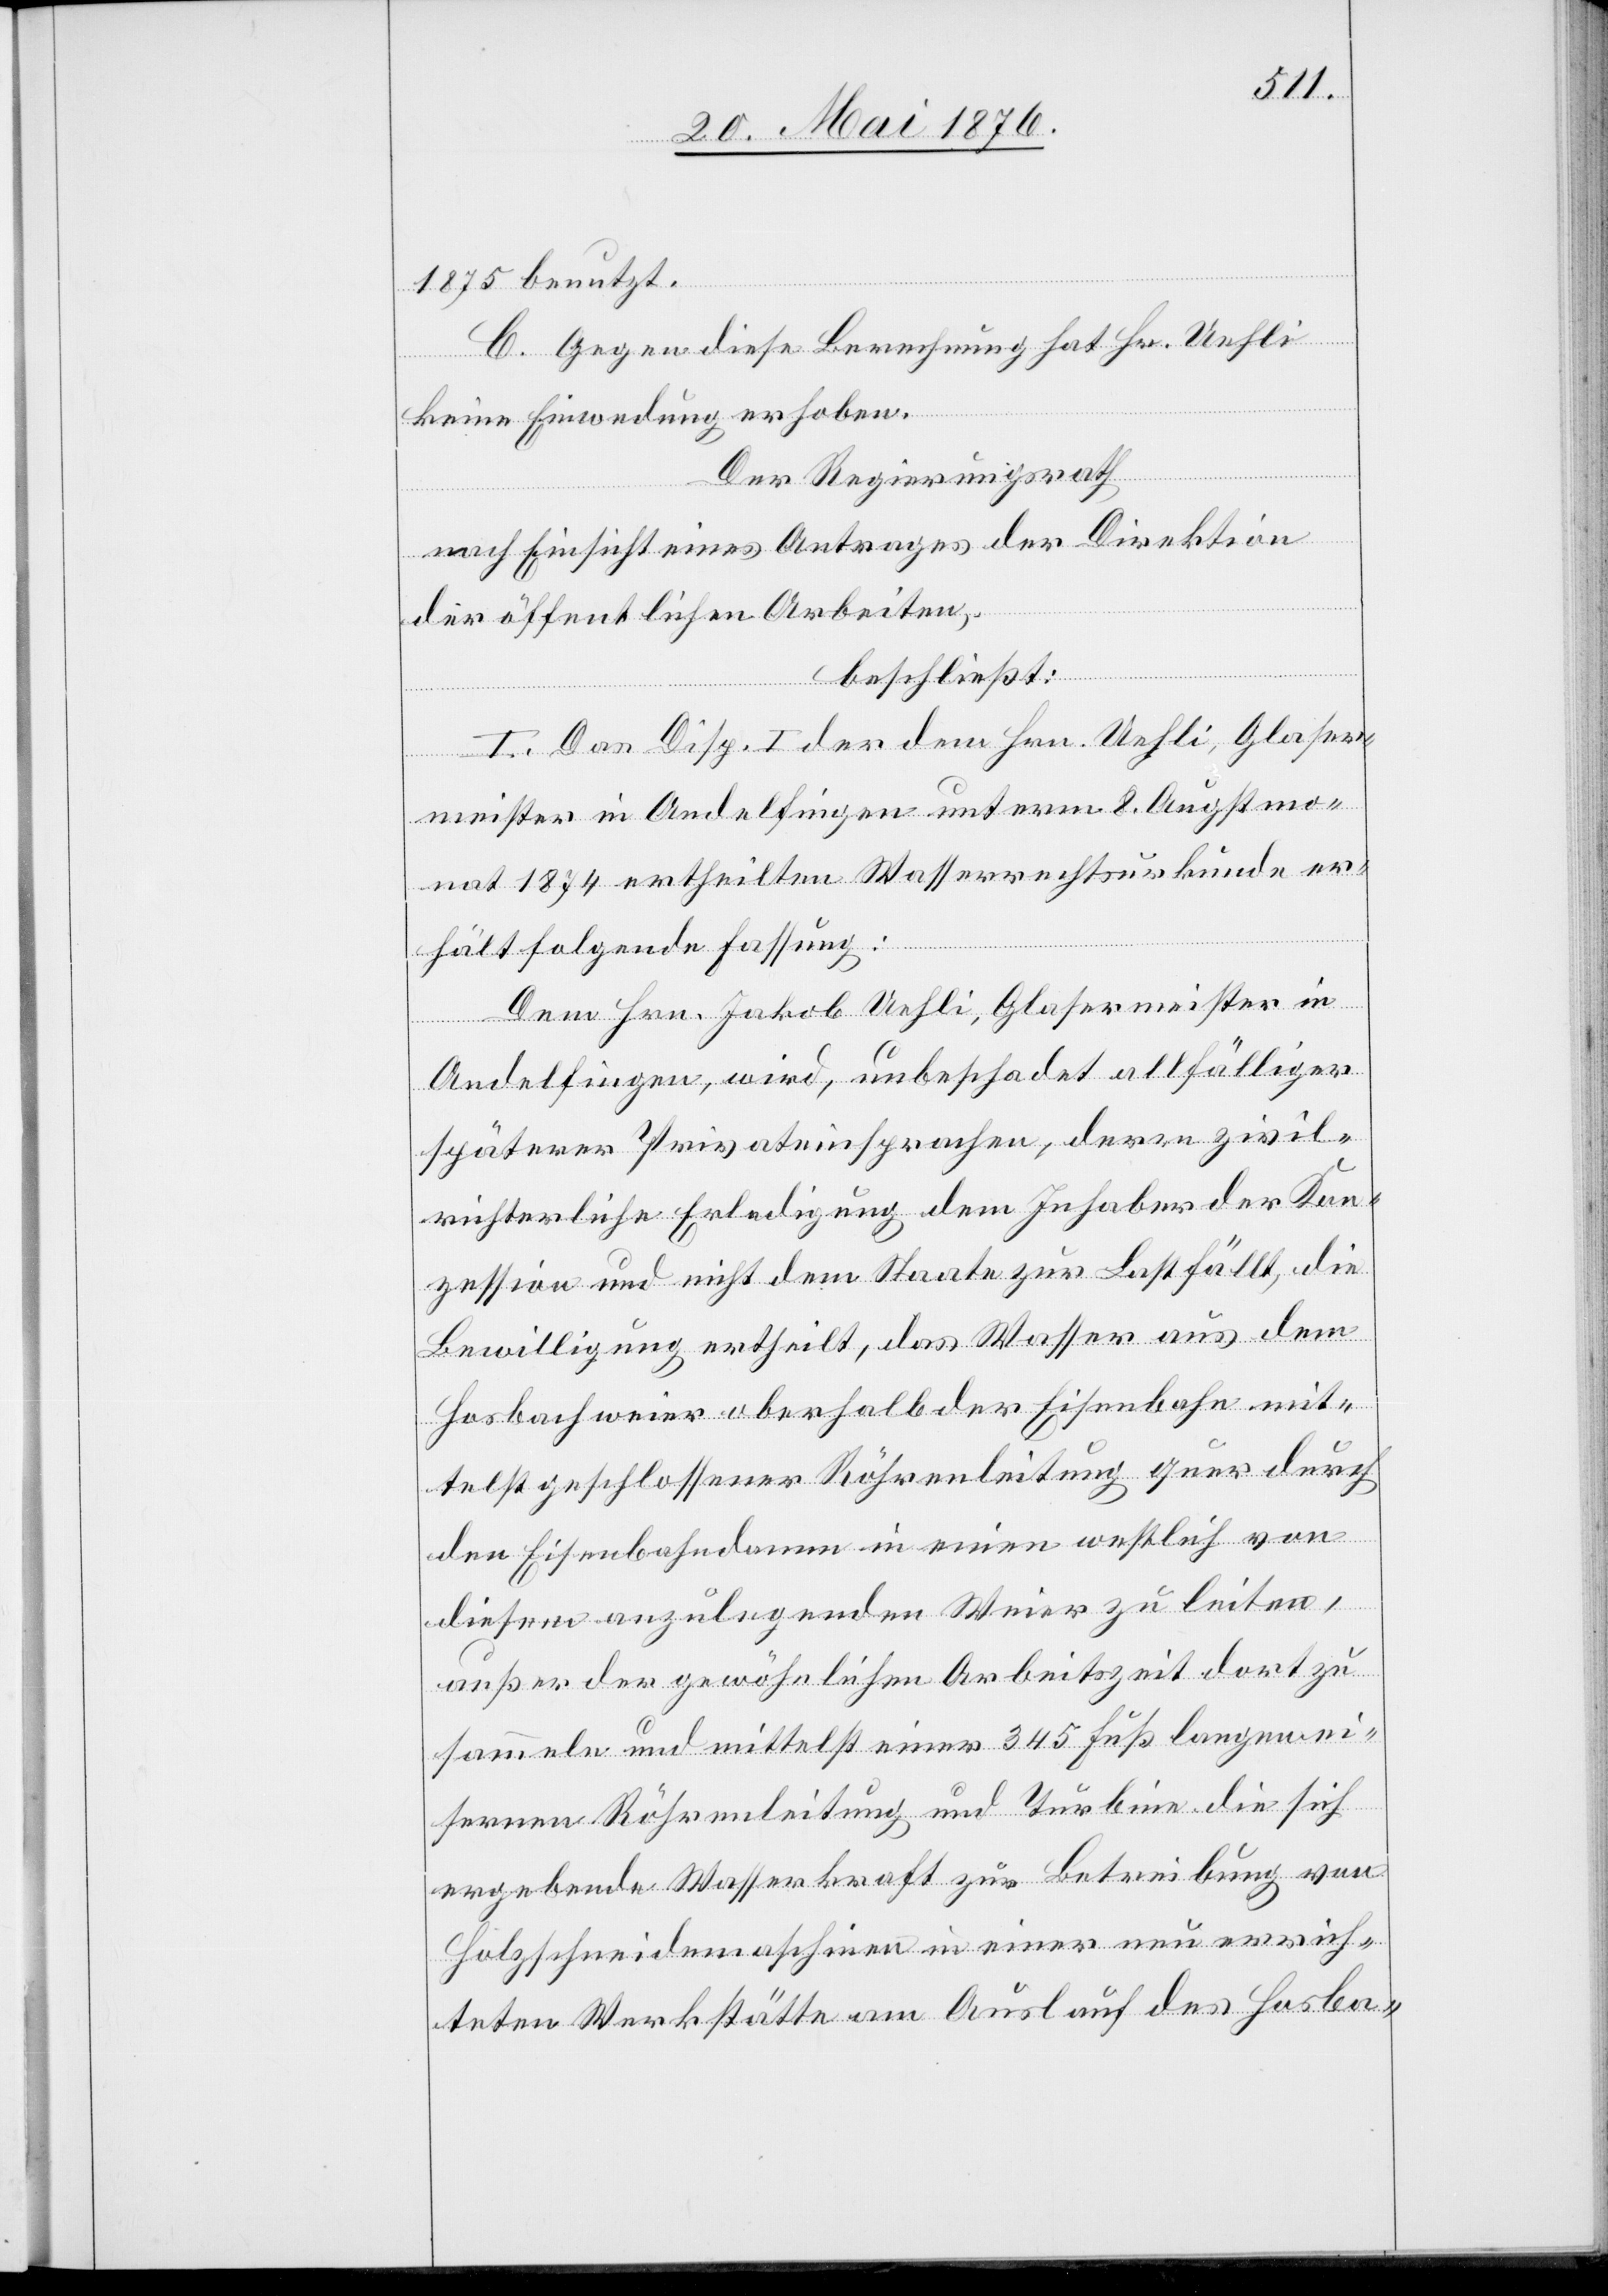
1875 benutzt.
C. Gegen diese Berechnung hat Hr. Uehli
keine Einwendung erhoben.
Der Regierungsrath,
nach Einsicht eines Antrages der Direktion
der öffentlichen Arbeiten,
beschließt:
I. Das Disp. I der dem Hrn. Uehli, Glaser¬
meister in Andelfingen unterm 8. Augstmo¬
nat 1874 ertheilten Wasserrechtsurkunde er¬
hält folgende Fassung:
Dem Hrn. Jakob Uehli, Glasermeister in
Andelfingen, wird, unbeschadet allfälliger
späterer Privateinsprachen, deren zivil¬
richterliche Erledigung dem Inhaber der Kon¬
zession und nicht dem Staate zur Last fällt, die
Bewilligung ertheilt, das Wasser aus dem
Hosbachweier [sic!] oberhalb der Eisenbahn mit¬
telst geschlossener Röhrenleitung quer durch
den Eisenbahndamm in einen westlich von
diesem anzulegenden Weiter zu leiten,
außer der gewöhnlichen Arbeitszeit dort zu
sammeln und mittelst einer 345 Fuß langen ei¬
sernen Röhrenleitung und Turbine die sich
ergebende Wasserkraft zur Betreibung von
Holzschneidemaschinen in einer neu errich¬
teten Werkstätte am Auslauf des Hosba-